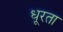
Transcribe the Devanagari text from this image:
धूरता